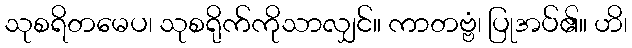
သုစရိတမေပ၊ သုစရိုက်ကိုသာလျှင်။ ကာတဗ္ဗံ၊ ပြုအပ်၏။ ဟိ၊